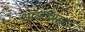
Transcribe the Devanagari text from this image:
शाखांपासून